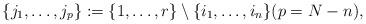
LaTeX: \begin{align*} \{j_1,\ldots,j_p\} := \{1,\ldots,r\}\setminus\{i_1,\ldots,i_n\} (p = N-n ),\end{align*}